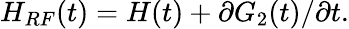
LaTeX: \begin{array}{r}{H_{RF}(t)=H(t)+\partial G_{2}(t)/\partial t.}\end{array}